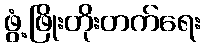
ဖွံ့ဖြိုးတိုးတက်ရေး